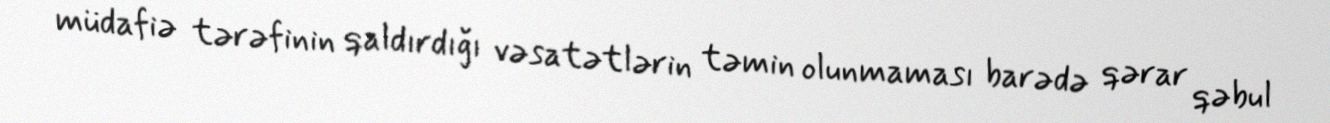
müdafiə tərəfinin qaldırdığı vəsatətlərin təmin olunmaması barədə qərar qəbul